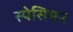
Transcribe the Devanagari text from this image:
स्पेसिमन